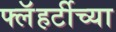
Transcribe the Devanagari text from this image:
फ्लॅहर्टीच्या